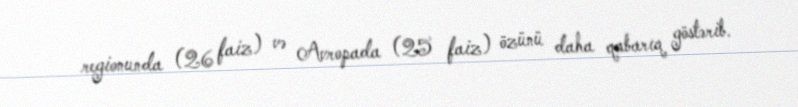
regionunda (26 faiz) və Avropada (25 faiz) özünü daha qabarıq göstərib.